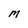
Character: M